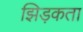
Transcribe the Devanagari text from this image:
झिड़कता